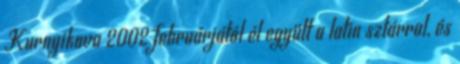
Kurnyikova 2002 februárjától él együtt a latin sztárral, és